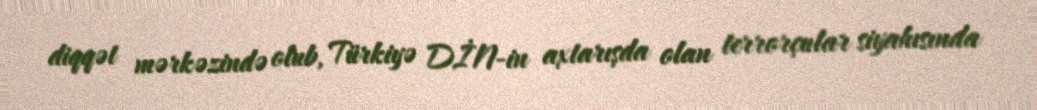
diqqət mərkəzində olub, Türkiyə DİN-in axtarışda olan terrorçular siyahısında